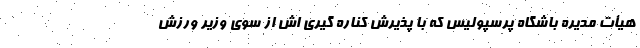
هیأت مدیره باشگاه پرسپولیس که با پذیرش کناره گیری اش از سوی وزیر ورزش